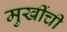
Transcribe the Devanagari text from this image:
मुखींची